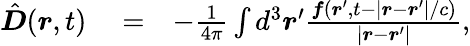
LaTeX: \begin{array}{rlr}{{\hat{\boldsymbol D}}(\boldsymbol r,t)}&{{}=}&{-\frac{1}{4\pi}\int d^{3}\boldsymbol r^{\prime}\frac{\boldsymbol f(\boldsymbol r^{\prime},t-\left|\boldsymbol r-\boldsymbol r^{\prime}\right|/c)}{\left|\boldsymbol r-\boldsymbol r^{\prime}\right|},}\end{array}